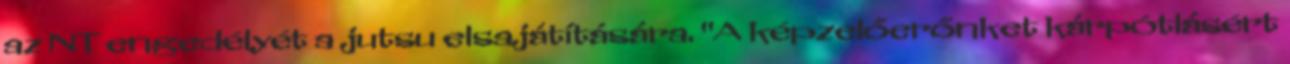
az NT engedélyét a jutsu elsajátítására. "A képzelőerőnket kárpótlásért